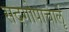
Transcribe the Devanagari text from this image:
सदगोपाचार्लू